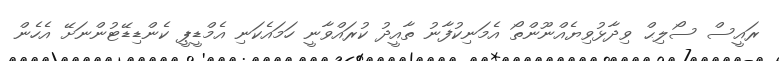
ރައީސް ސޯލިޙް ވިދާޅުވިޔެއްނޫންތޯ އެމަނިކުފާނު ތާއީދު ކުރައްވާނީ ހަމައެކަނި އެމްޑީޕީ ކެންޑިޑޭޓުންނަށޭ އެހެން